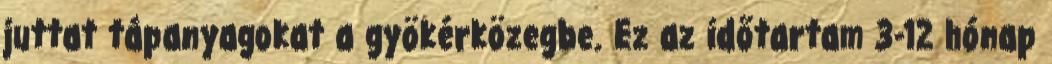
juttat tápanyagokat a gyökérközegbe. Ez az időtartam 3-12 hónap